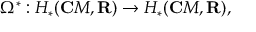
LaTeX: \Omega ^ { \ast } : H _ { \ast } ( { \bf C } M , { \bf R } ) \rightarrow H _ { \ast } ( { \bf C } M , { \bf R } ) ,